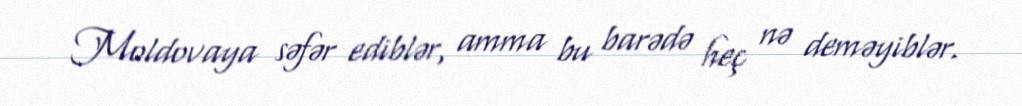
Moldovaya səfər ediblər, amma bu barədə heç nə deməyiblər.